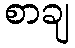
စာချ